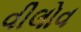
વીલોવ